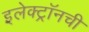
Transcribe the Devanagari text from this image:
इलेक्ट्राॅनची